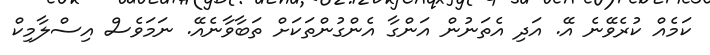
ކަމެއް ކުރެވޭނެ އޭ. އަދި އެތަނުން އަންގާ އެންގުންތަކަށް ތަބާވާނެއޭ. ނަމަވެސް އިސްލާމިކް